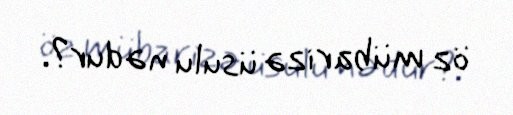
öz mübarizə üsulu nədur?.